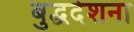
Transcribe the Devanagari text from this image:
बुद्धदेशना